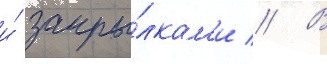
и́ закры́лкам'и // В